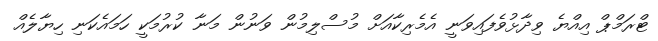
ޓްރަމްޕް އިއްޔެ ވިދާޅުވެފައިވަނީ އެމެރިކާއަށް މުސްލިމުން ވަނުން މަނާ ކުރުމަކީ ހަމައެކަނި ހިޔާލެއް